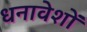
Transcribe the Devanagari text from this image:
धनावेशों